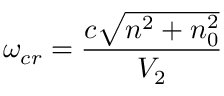
\omega _ { c r } = \frac { c \sqrt { n ^ { 2 } + n _ { 0 } ^ { 2 } } } { V _ { 2 } }